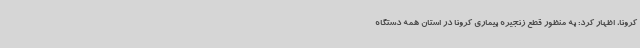
کرونا، اظهار کرد: به منظور قطع زنجیره بیماری کرونا در استان همه دستگاه